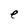
Character: e